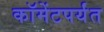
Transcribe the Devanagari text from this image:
कॉमेंटपर्यंत